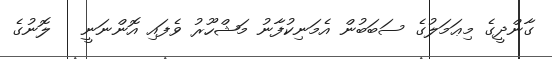
ގާންދީގެ މިޢަމަލުގެ ސަބަބުން އެމަނިކުފާނު މަޝްހޫރު ވެފައި އޮންނަނީ   ލޮނުގެ